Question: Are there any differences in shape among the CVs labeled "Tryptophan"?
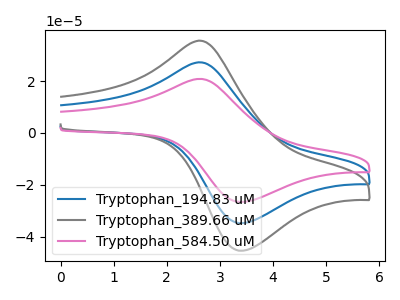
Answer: <think>The blue curve "Tryptophan_194.83 uM" has an anodic peak at (2.65V, 27.25uA) and a cathodic peak at (3.40V, -34.80uA). The gray curve "Tryptophan_389.66 uM" has an anodic peak at (2.65V, 35.60uA) and a cathodic peak at (3.40V, -45.45uA). The pink curve "Tryptophan_584.50 uM" has an anodic peak at (2.65V, 54.50uA) and a cathodic peak at (3.40V, -69.60uA).
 All the peaks in "Tryptophan_194.83 uM" have a peak in "Tryptophan_389.66 uM" at the same potential. Every peak in "Tryptophan_194.83 uM" is lower than every peak in "Tryptophan_389.66 uM". All the peaks in "Tryptophan_194.83 uM" have a peak in "Tryptophan_584.50 uM" at the same potential. Every peak in "Tryptophan_194.83 uM" is lower than every peak in "Tryptophan_584.50 uM". All the peaks in "Tryptophan_389.66 uM" have a peak in "Tryptophan_584.50 uM" at the same potential. Every peak in "Tryptophan_389.66 uM" is lower than every peak in "Tryptophan_584.50 uM".</think>
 <answer>All the CV's of "Tryptophan" have similar shape.</answer>
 <eval>follow_rule</eval>